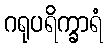
ဂရုပရိက္ခာရံ